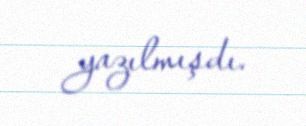
yazılmışdı.